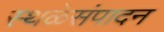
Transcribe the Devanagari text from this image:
स्थळेसंपादन